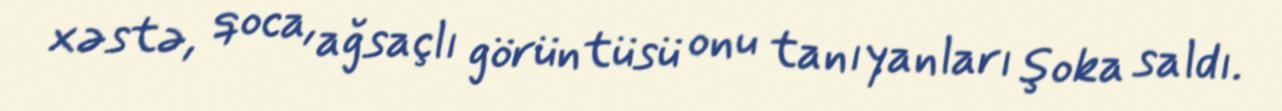
xəstə, qoca, ağsaçlı görüntüsü onu tanıyanları şoka saldı.